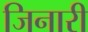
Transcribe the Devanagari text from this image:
जिनारी